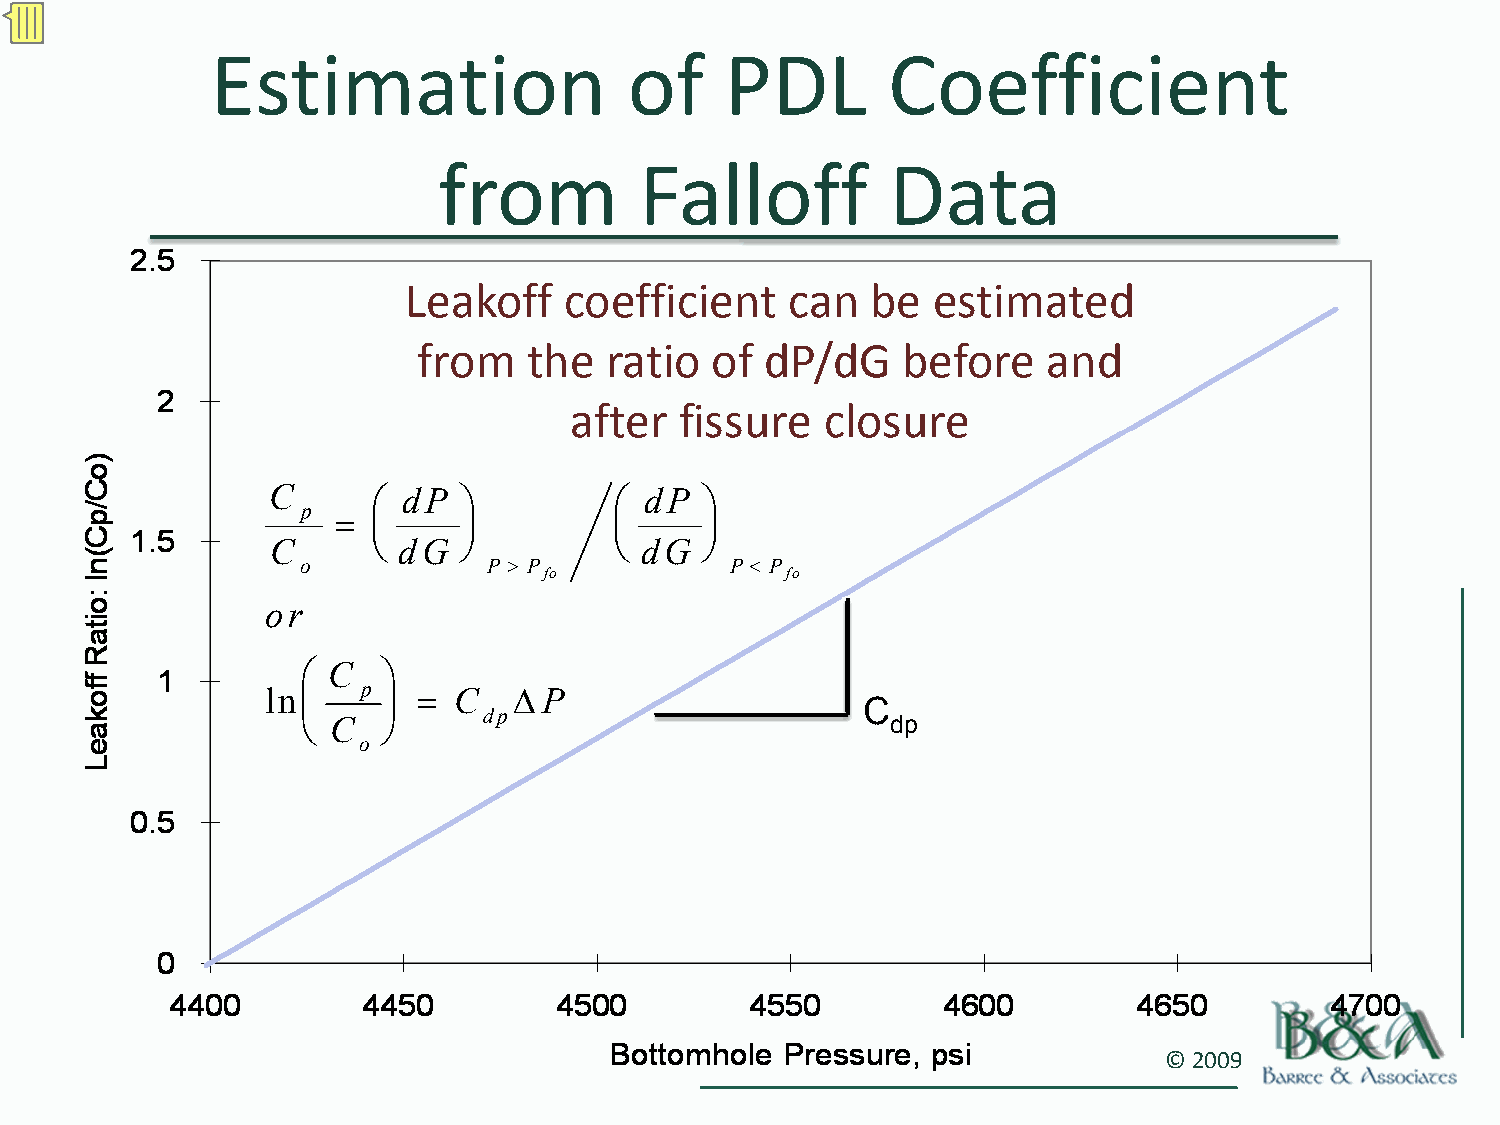
Estimation                  of    PDL        Coefficient
 from         Falloff          Data
 Leakoff   coefficient    can   be  estimated
 from   the  ratio  of  dP/dG    before   and
 after  fissure   closure
 C      ⎛ dP ⎞          ⎛ dP  ⎞
 p =  ⎜    ⎟          ⎜     ⎟
 C      ⎝ dG ⎠          ⎝ dG  ⎠
 o           P > P           P < P
 fo              fo
 or
 ⎛ C  ⎞
 ln⎜   p ⎟ = C   ΔP                     C
 dp
 ⎝ C  ⎠                                 dp
 o
 © 2009